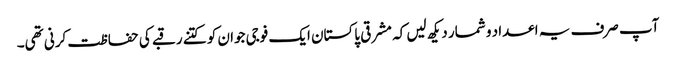
آپ صرف یہ اعداد و شمار دیکھ لیں کہ مشرقی پاکستان ایک فوجی جوان کو کتنے رقبے کی حفاظت کرنی تھی۔